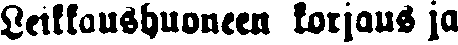
Leikkaushuoneen korjaus ja